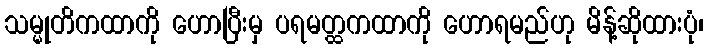
သမ္မုတိကထာကို ဟောပြီးမှ ပရမတ္ထကထာကို ဟောရမည်ဟု မိန့်ဆိုထားပုံ၊